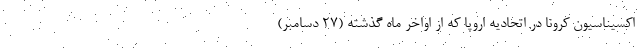
اکسیناسیون کرونا در اتحادیه اروپا که از اواخر ماه گذشته (۲۷ دسامبر)